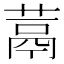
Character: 蒚